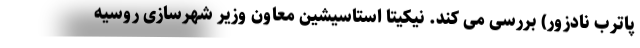
پاترب نادزور) بررسی می کند. نیکیتا استاسیشین معاون وزیر شهرسازی روسیه